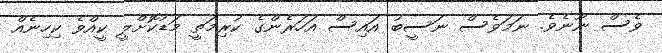
ވެސް ނޫނެވެ. ނަމަވެސް ނަސީބު އައިސް އަހަރެންގެ ކުރިމަތީ މަޑުކޮށްލީ ކީއްވެ ކިހިނެއް